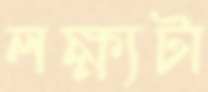
লক্ষ্যটা